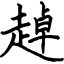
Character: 趠